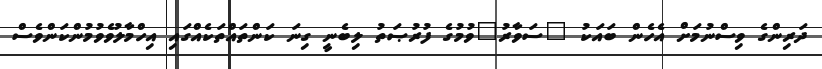
ދަރިންގެ ވިސްނުމަށް އެހެން ބައަކު "ސަވާރު"ވުމުގެ ފުރުޞަތު ލިބެނީ ގިނަ ކަންތައްތަކެއްގައި އިހްމާލުވެވުމުންކަންވެސް